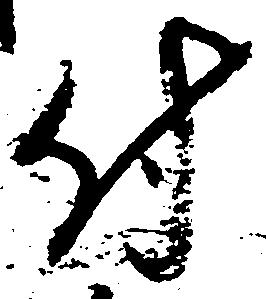
付